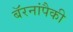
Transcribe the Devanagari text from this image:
बॅरनांपैकी